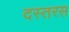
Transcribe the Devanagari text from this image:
दस्तरस